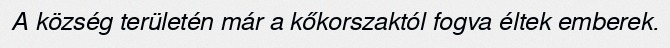
A község területén már a kőkorszaktól fogva éltek emberek.